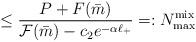
LaTeX: \begin{align*} \le \frac{P+F(\bar m)}{\mathcal F(\bar m)-c_2 e^{-\alpha\ell_+}}=: N_{\max}^{\rm mix} \end{align*}